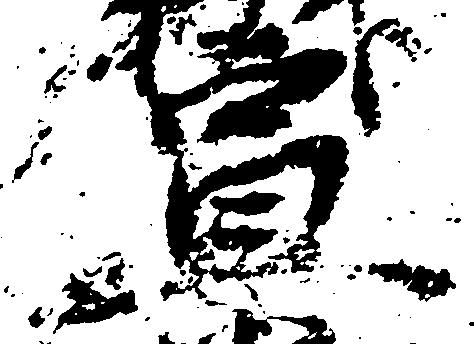
宣